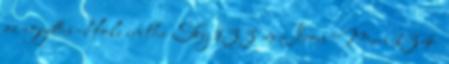
az együttes Hole in the Sky 133 és Iron Man 134